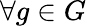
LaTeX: \forall g\in G